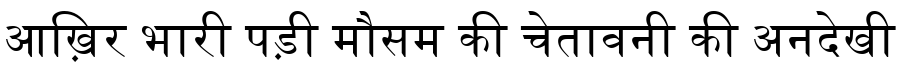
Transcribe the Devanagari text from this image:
आख़िर भारी पड़ी मौसम की चेतावनी की अनदेखी